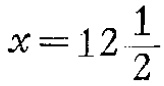
$x = 12\frac{1}{2}$